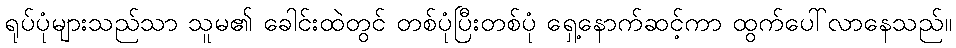
ရုပ်ပုံများသည်သာ သူမ၏ ခေါင်းထဲတွင် တစ်ပုံပြီးတစ်ပုံ ရှေ့နောက်ဆင့်ကာ ထွက်ပေါ်လာနေသည်။